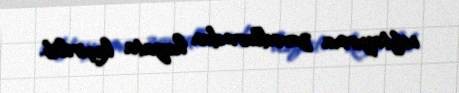
neftayırma zavodlarından həyata keçirilib.